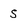
Character: S